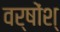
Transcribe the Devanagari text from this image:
वर्षोंश्